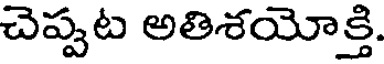
చెప్పట అతిశయోక్తి.